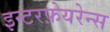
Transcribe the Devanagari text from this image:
इन्टरफ़ेयरेन्स